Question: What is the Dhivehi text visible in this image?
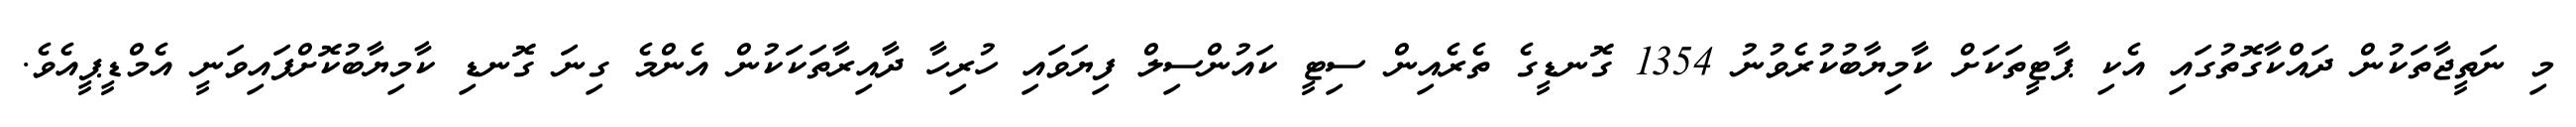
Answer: މި ނަތީޖާތަކުން ދައްކާގޮތުގައި އެކި ޕާޓީތަކަށް ކާމިޔާބުކުރެވުނު 1354 ގޮނޑީގެ ތެރެއިން ސިޓީ ކައުންސިލް ފިޔަވައި ހުރިހާ ދާއިރާތަކަކުން އެންމެ ގިނަ ގޮނޑި ކާމިޔާބުކޮށްފައިވަނީ އެމްޑީޕީއެވެ.